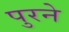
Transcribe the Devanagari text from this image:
पुरने